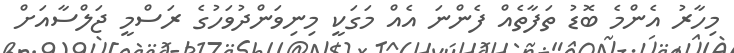
މިހާރު އެންމެ ބޮޑު ތަފާތެއް ފެންނަ އެއް މަގަކީ މިނިވަންދުވަހުގެ ރަސްމީ ޖަލްސާއަށް